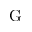
\mathrm { G }